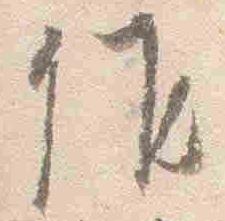
候